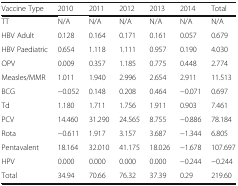
<table><thead><tr><td><b>Vaccine Type</b></td><td><b>2010</b></td><td><b>2011</b></td><td><b>2012</b></td><td><b>2013</b></td><td><b>2014</b></td><td><b>Total</b></td></tr></thead><tbody><tr><td>TT</td><td>N/A</td><td>N/A</td><td>N/A</td><td>N/A</td><td>N/A</td><td>N/A</td></tr><tr><td>HBV Adult</td><td>0.128</td><td>0.164</td><td>0.171</td><td>0.161</td><td>0.057</td><td>0.679</td></tr><tr><td>HBV Paediatric</td><td>0.654</td><td>1.118</td><td>1.111</td><td>0.957</td><td>0.190</td><td>4.030</td></tr><tr><td>OPV</td><td>0.009</td><td>0.357</td><td>1.185</td><td>0.775</td><td>0.448</td><td>2.774</td></tr><tr><td>Measles/MMR</td><td>1.011</td><td>1.940</td><td>2.996</td><td>2.654</td><td>2.911</td><td>11.513</td></tr><tr><td>BCG</td><td>−0.052</td><td>0.148</td><td>0.208</td><td>0.464</td><td>−0.071</td><td>0.697</td></tr><tr><td>Td</td><td>1.180</td><td>1.711</td><td>1.756</td><td>1.911</td><td>0.903</td><td>7.461</td></tr><tr><td>PCV</td><td>14.460</td><td>31.290</td><td>24.565</td><td>8.755</td><td>−0.886</td><td>78.184</td></tr><tr><td>Rota</td><td>−0.611</td><td>1.917</td><td>3.157</td><td>3.687</td><td>−1.344</td><td>6.805</td></tr><tr><td>Pentavalent</td><td>18.164</td><td>32.010</td><td>41.175</td><td>18.026</td><td>−1.678</td><td>107.697</td></tr><tr><td>HPV</td><td>0.000</td><td>0.000</td><td>0.000</td><td>0.000</td><td>−0.244</td><td>−0.244</td></tr><tr><td>Total</td><td>34.94</td><td>70.66</td><td>76.32</td><td>37.39</td><td>0.29</td><td>219.60</td></tr></tbody></table>